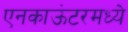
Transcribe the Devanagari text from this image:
एनकाऊंटरमध्ये